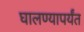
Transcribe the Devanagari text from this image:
घालण्यापर्यंत